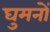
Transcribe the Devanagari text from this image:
घुमनों